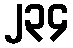
၂၃၄